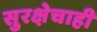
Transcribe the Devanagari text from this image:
सुरक्षेचाही